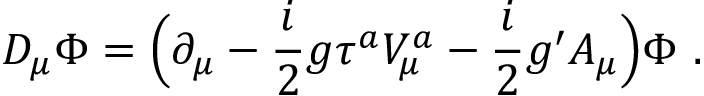
D _ { \mu } \Phi = \Bigl ( \partial _ { \mu } - \frac { i } { 2 } g \tau ^ { a } V _ { \mu } ^ { a } - \frac { i } { 2 } g ^ { \prime } A _ { \mu } \Bigr ) \Phi \ .